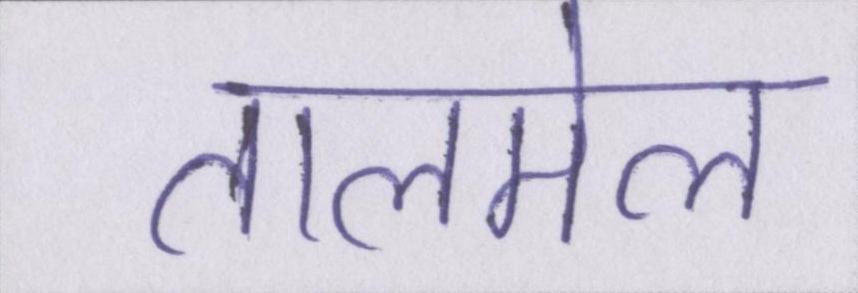
तालमेल